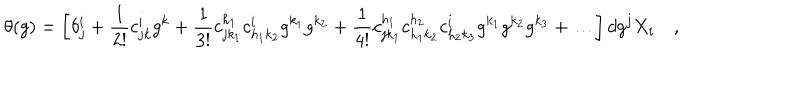
\theta ( g ) = \left[ \delta _ { j } ^ { i } + \frac { 1 } { 2 ! } c _ { j k } ^ { i } g ^ { k } + \frac { 1 } { 3 ! } c _ { j k _ { 1 } } ^ { h _ { 1 } } c _ { h _ { 1 } k _ { 2 } } ^ { i } g ^ { k _ { 1 } } g ^ { k _ { 2 } } + \frac { 1 } { 4 ! } c _ { j k _ { 1 } } ^ { h _ { 1 } } c _ { h _ { 1 } k _ { 2 } } ^ { h _ { 2 } } c _ { h _ { 2 } k _ { 3 } } ^ { i } g ^ { k _ { 1 } } g ^ { k _ { 2 } } g ^ { k _ { 3 } } + \ldots \right] d g ^ { j } X _ { i } \quad ,